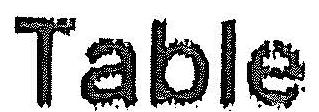
TABLE